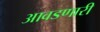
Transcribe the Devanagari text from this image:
आवडणारी